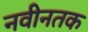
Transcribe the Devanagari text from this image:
नवीनतक